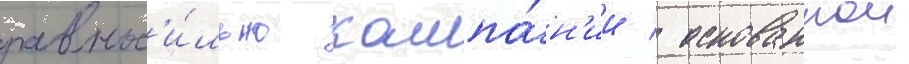
равнос'и́льно кампа́н'ии / основаннои